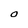
Character: O